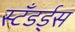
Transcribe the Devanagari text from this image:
स्टँडर्ड्‌स